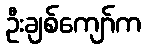
ဦးချစ်ကျော်က